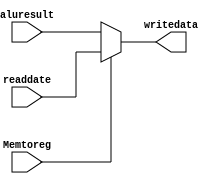
module fin(input [31:0] readdate, aluresult,
           input Memtoreg,
           output reg  [31:0] writedata 
);
    //assign writedata = (MemtoReg) ? readdate : aluresult;
    always @ (*)
      writedata = (Memtoreg) ? readdate : aluresult;
    
endmodule // fin